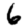
Digit: 6